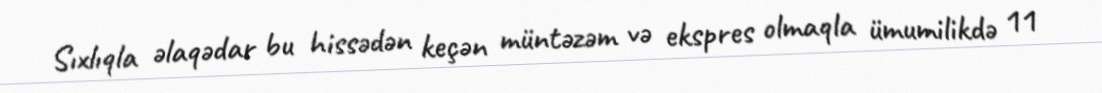
Sıxlıqla əlaqədar bu hissədən keçən müntəzəm və ekspres olmaqla ümumilikdə 11